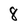
Character: 8